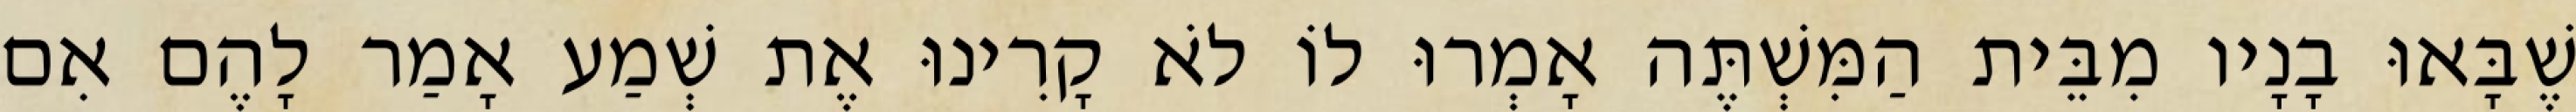
שֶׁבָּאוּ בָנָיו מִבֵּית הַמִּשְׁתֶּה אָמְרוּ לוֹ לֹא קָרִינוּ אֶת שְׁמַע אָמַר לָהֶם אִם